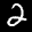
Label: 2